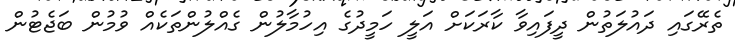
ތެރޭގައި ދައުލަތުން ދީފައިވާ ކާރަކަށް އަލީ ހަމީދުގެ އިހުމާލުން ގެއްލުންތަކެއް ވުމުން ބަޖެޓުން